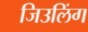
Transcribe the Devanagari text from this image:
जिउलिंग